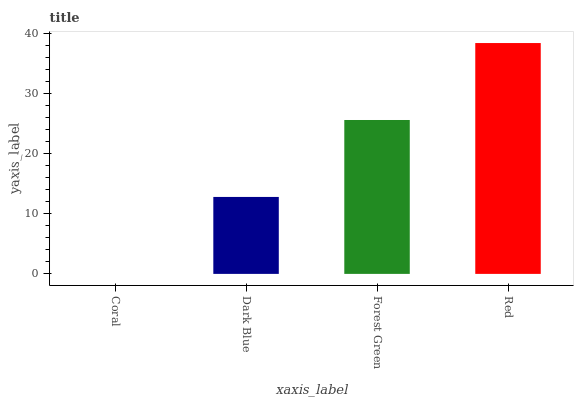
| xaxis_label | bars |
 | --- | --- |
 | Coral | 0 |
 | Dark Blue | 12.8 |
 | Forest Green | 25.7 |
 | Red | 38.5 |